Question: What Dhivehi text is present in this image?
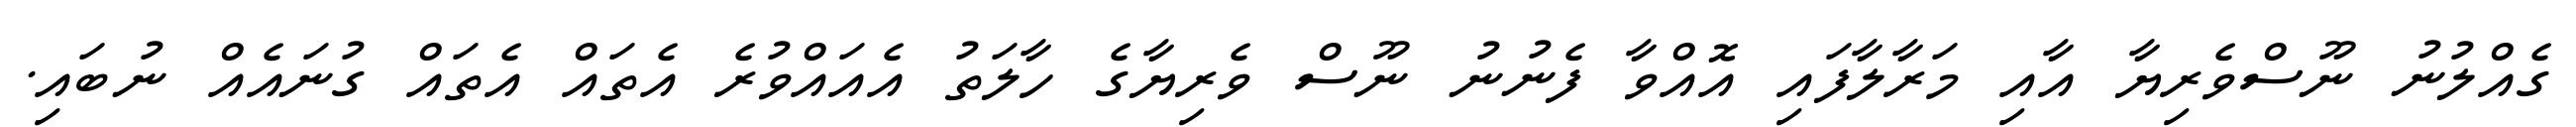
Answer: ގެއްލުނު ނޫސްވެރިޔާ އާއި މަރާލާފައި އޮއްވާ ފެނުނު ނޫސް ވެރިޔާގެ ހާލަތު އެއައްވުރެ އެތައް އެތައް ގުނައެއް ނުބައި.